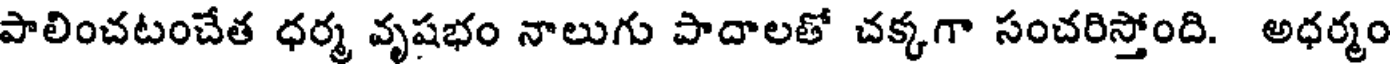
పాలించటంచేత ధర్మ వృషభం నాలుగు పాదాలతో చక్కగా సంచరిస్తోంది. అధర్మం